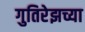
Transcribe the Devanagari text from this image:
गुतिरेझच्या